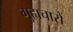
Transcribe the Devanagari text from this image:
गुह्यचारों